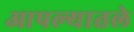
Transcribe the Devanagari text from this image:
आपल्यातले